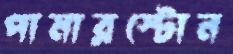
পামারস্টোন